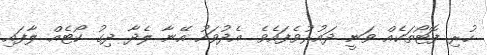
ހުރި ފޮޓޯތަކެއް ވަނީ ދައުރުވެފައެވެ. އެދުވަހު އޭނާ ލެދާ ދިގު ކޯޓެއް ލާފައި